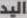
اليد